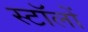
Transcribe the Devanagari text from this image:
स्टॉलों